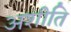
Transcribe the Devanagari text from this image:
अशीति